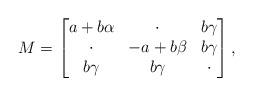
LaTeX: \begin{align*}M = \left[ \begin{matrix}a+b\alpha & \cdot & b\gamma \\\cdot & -a+b\beta & b\gamma \\b\gamma & b\gamma & \cdot\end{matrix} \right], \end{align*}